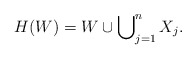
\begin{align*}H(W) = W \cup \bigcup\nolimits^n_{j=1} X_j.\end{align*}